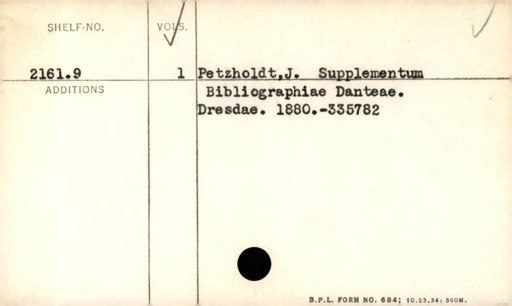
Label: content